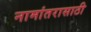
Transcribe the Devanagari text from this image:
नामांतरासाठी